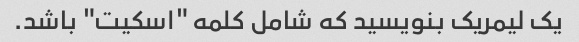
یک لیمریک بنویسید که شامل کلمه "اسکیت" باشد.